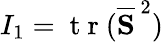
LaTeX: I_{1}=\mathrm{~t~r~}(\overline{{{\textbf{S}}}}^{\, 2})